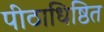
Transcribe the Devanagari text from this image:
पीठाधिष्ठित